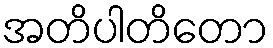
အတိပါတိတော